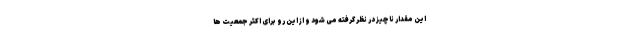
این مقدار ناچیز در نظر گرفته می شود و از این رو برای اکثر جمعیت ها